Leaving Certificate Examination, 1921
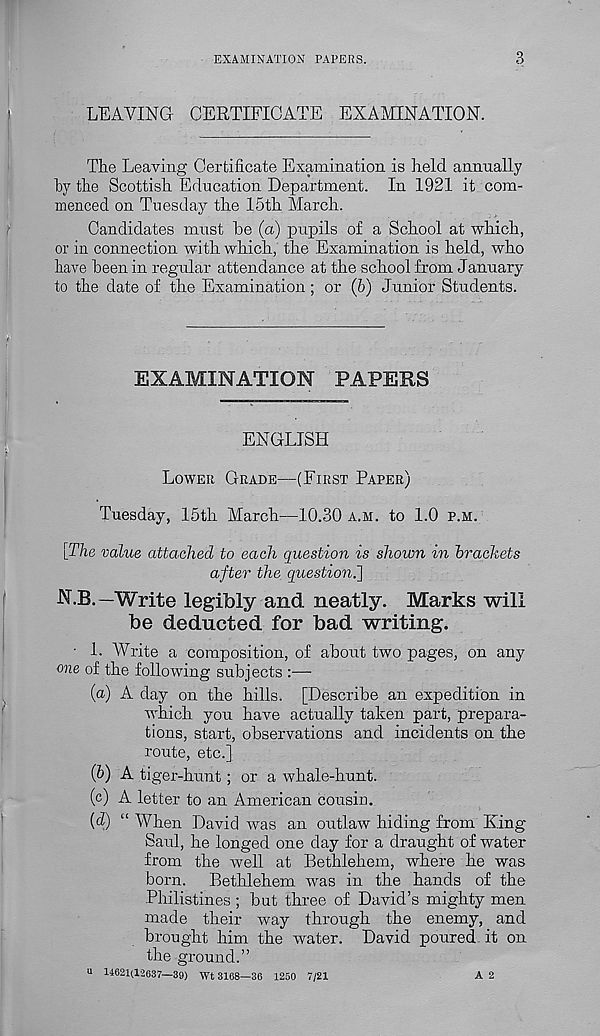
EXAMINATION PAPERS.
B
LEAVING CERTIFICATE EXAMINATION.
The Leaving Certificate Examination is held annually
hy the Scottish Education Department. In 1921 it com-
menced on Tuesday the 15th March.
Candidates must he (a) pupils of a School at which,
or in connection with which, the Examination is held, who
have been in regular attendance at the school from January
to the date of the Examination; or (6) Junior Students.
EXAMINATION PAPERS
ENGLISH
LOWER GRADE—(FIRST PAPER)
Tuesday, 15th March—10.30 A.H. to 1.0 P.M.
[The value attached to each question is shown in brackets
after the question^]
N.B.—Write legibly and neatly. Marks will
be deducted for bad writing.
• 1. Write a composition, of about two pages, on any
one of the following subj ects :—
(a) A day on the hills. [Describe an expedition in
which you have actually taken part, prepara-
tions, start, observations and incidents on the
route, etc.]
(&) A tiger-hunt; or a whale-hunt.
(c) A letter to an American cousin.
(d) “ When David was an outlaw hiding from King
Saul, he longed one day for a draught of water
from the well at Bethlehem, where he was
born. Bethlehem was in the hands of the
Philistines ; but three of David’s mighty men
made their way through the enemy, and
brought him the water. David poured it on
the ground.”
u 14621(12637—39) Wt 3168—36 1250 7/21
A 2